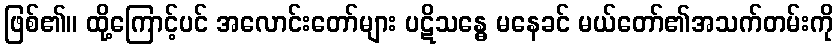
ဖြစ်၏။ ထို့ကြောင့်ပင် အလောင်းတော်များ ပဋိသန္ဓေ မနေခင် မယ်တော်၏အသက်တမ်းကို